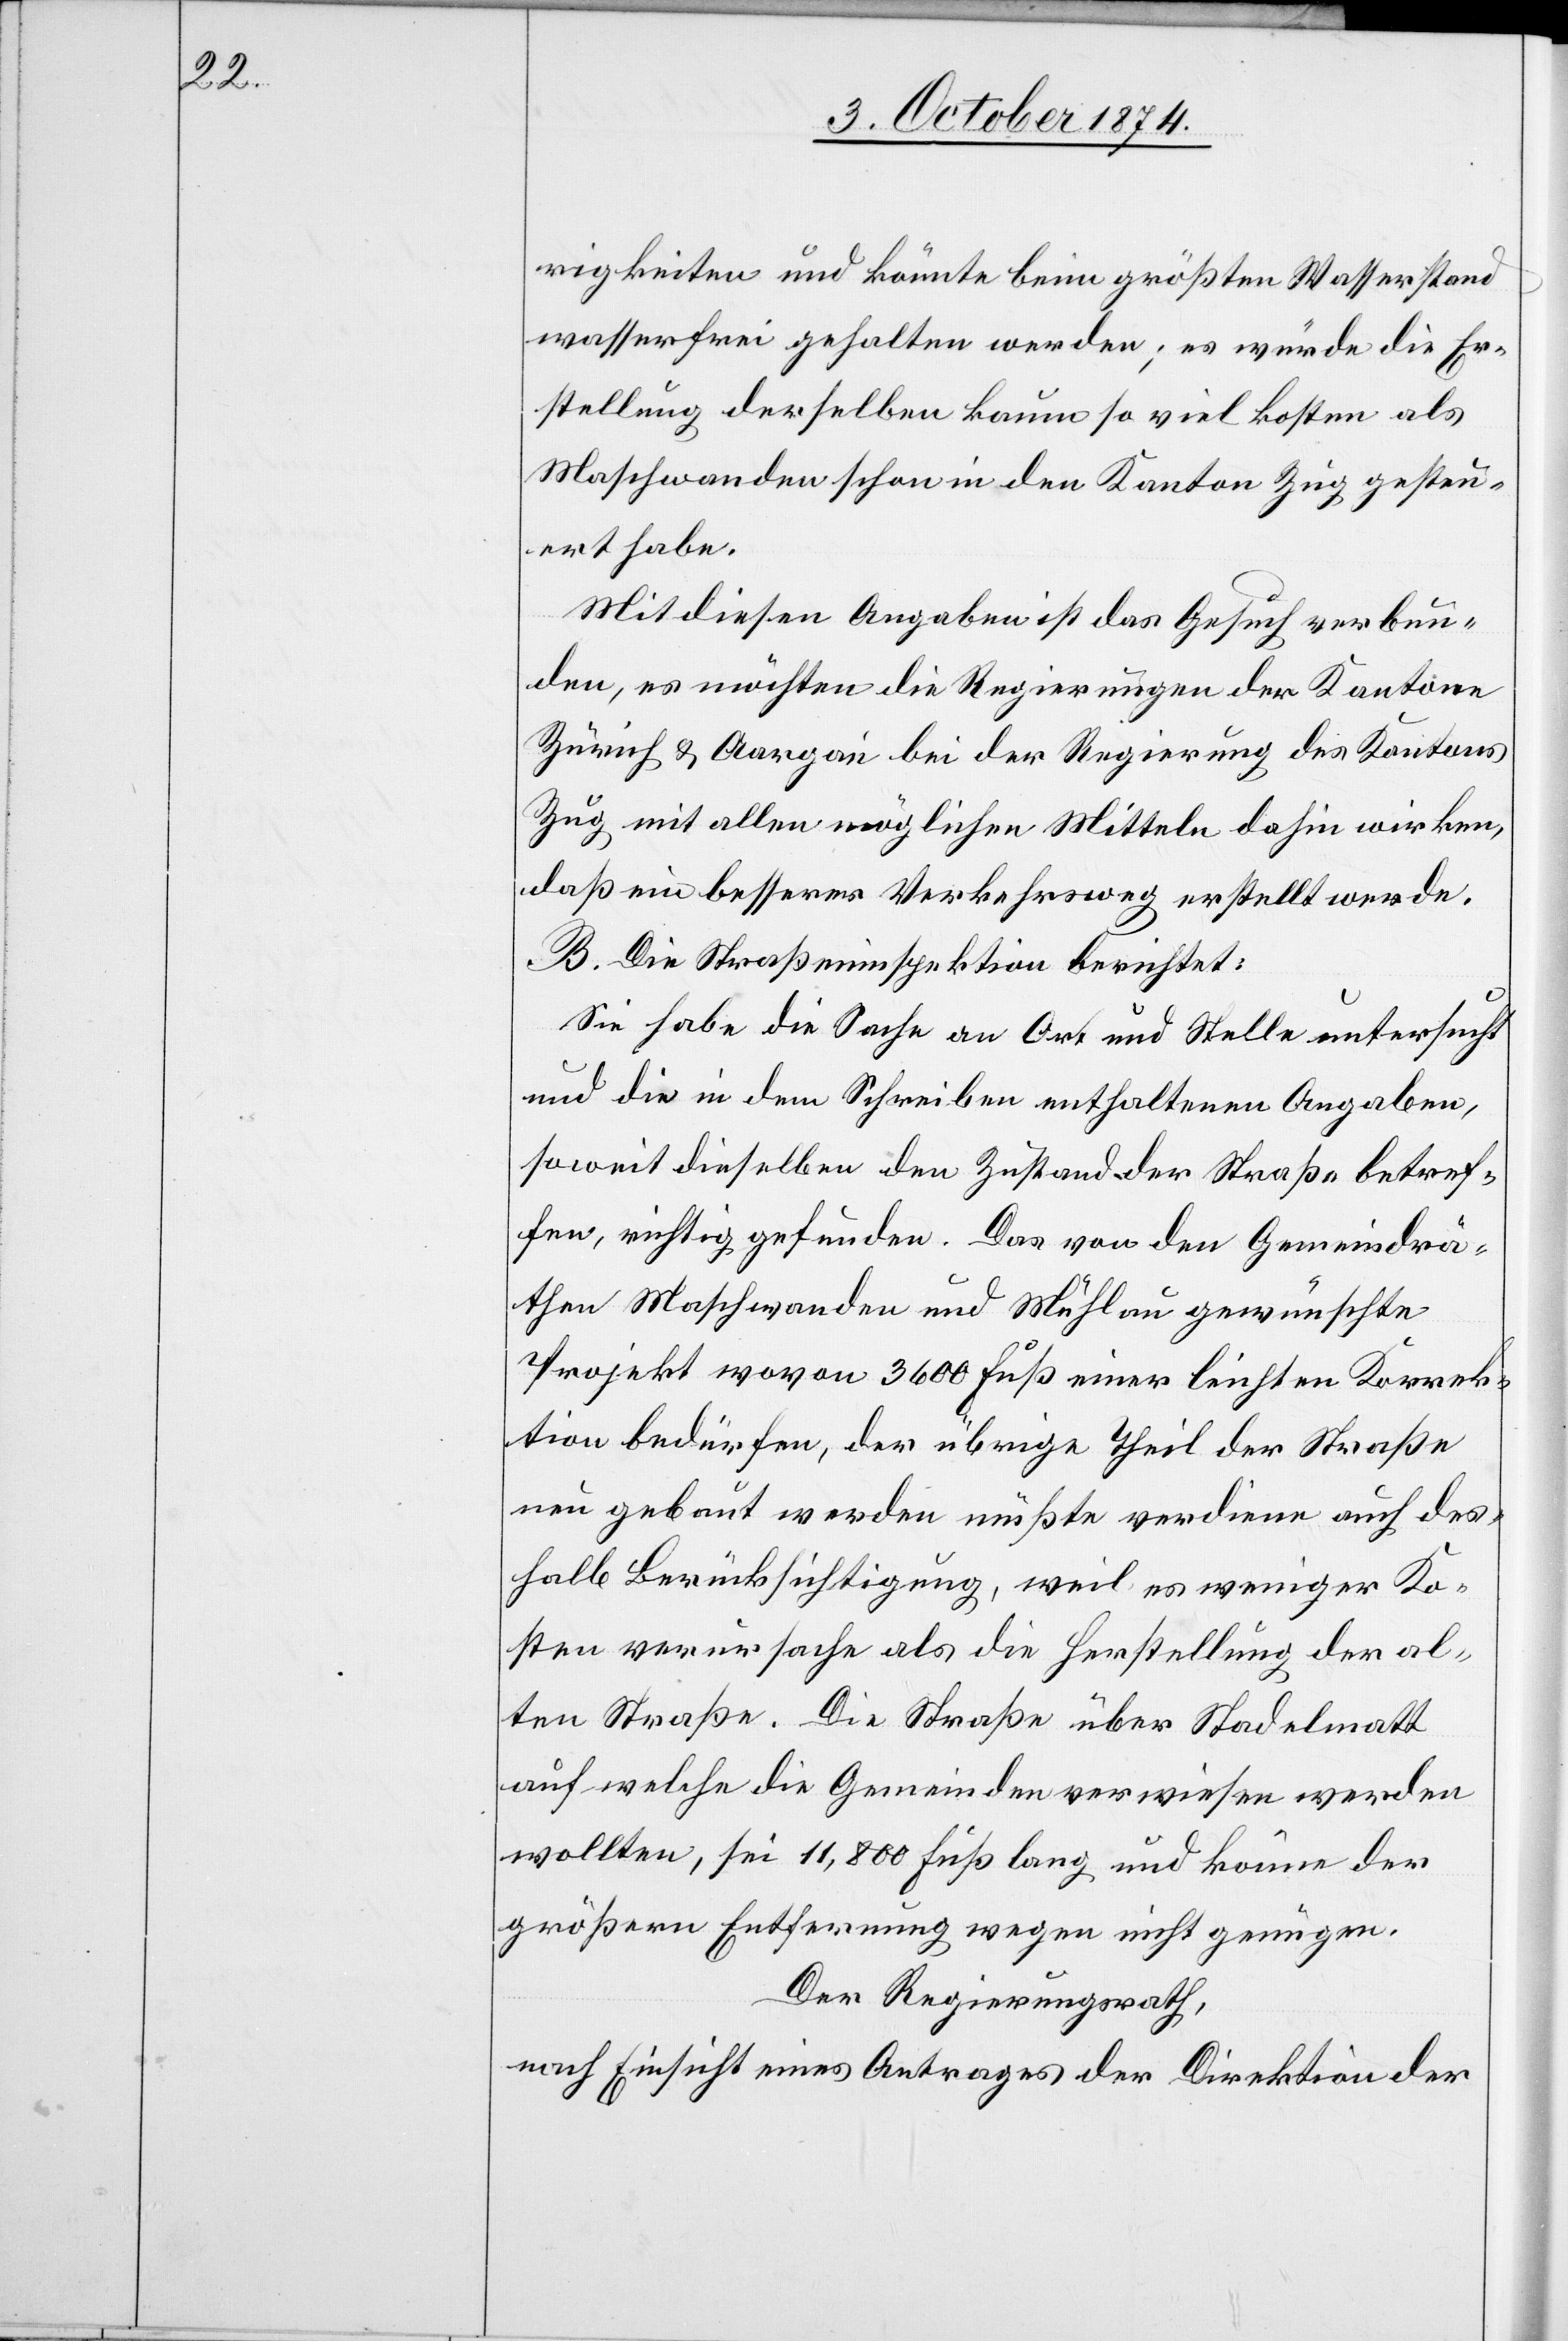
rigkeiten und könnte beim größten Wasserstand
wasserfrei gehalten werden; es würde die Er¬
stellung derselben kaum so viel kosten als
Maschwanden schon in den Kanton Zug gesteu¬
ert habe.
Mit diesen Angaben ist das Gesuch verbun¬
den, es möchten die Regierungen der Kantone
Zürich & Aargau bei der Regierung des Kantons
Zug mit allen möglichen Mitteln dahin wirken,
daß ein besserer Verkehrsweg erstellt werde.
B. Die Straßeninspektion berichtet:
Sie habe die Sache an Ort und Stelle untersucht
und die in dem Schreiben enthaltenen Angaben,
soweit dieselben den Zustand der Straße betref¬
fen, richtig gefunden. Das von den Gemeindrä¬
then Maschwanden und Mühlau gewünschte
Projekt wovon 3600 Fuß einer leichten Korrek¬
tion bedürfen, der übrige Theil der Straße
neu gebaut werden müßte verdiene auch des¬
halb Berücksichtigung, weil es weniger Ko¬
sten verursache als die Herstellung der al¬
ten Straße. Die Straße über Stadelmatt
auf welche die Gemeinden verwiesen werden
wollten, sei 11,800 Fuß lang und könne der
größeren Entfernung wegen nicht genügen.
Der Regierungsrath,
nach Einsicht eines Antrages der Direktion der